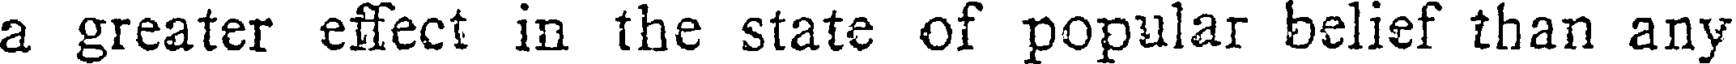
a greater effect in the state of popular belief than any